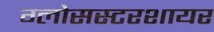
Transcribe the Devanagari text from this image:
ग्लोसस्टरशायर